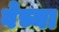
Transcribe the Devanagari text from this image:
वेच्या